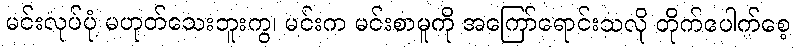
မင်းလုပ်ပုံ မဟုတ်သေးဘူးကွ၊ မင်းက မင်းစာမူကို အကြော်ရောင်းသလို တိုက်ပေါက်စေ့